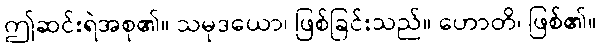
ဤဆင်းရဲအစု၏။ သမုဒယော၊ ဖြစ်ခြင်းသည်။ ဟောတိ၊ ဖြစ်၏။